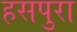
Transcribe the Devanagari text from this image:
हसपुरा